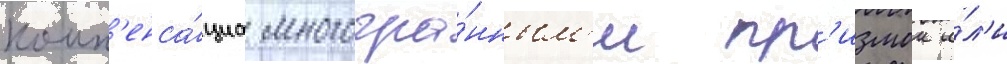
комп'енса́циа многогра́нным'и пр'измои и́л'и